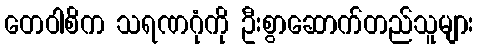
တေဝါစိက သရဏဂုံကို ဦးစွာဆောက်တည်သူများ